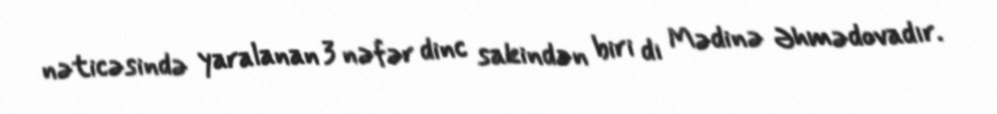
nəticəsində yaralanan 3 nəfər dinc sakindən biri dı Mədinə Əhmədovadır.